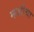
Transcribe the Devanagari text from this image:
म्हशीचा